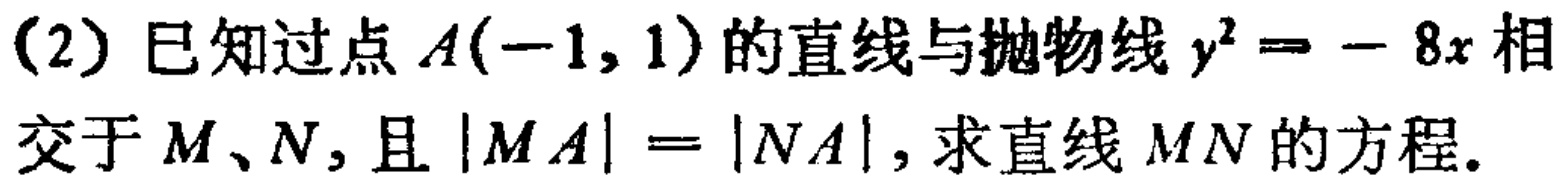
(2) 已知过点 \(A(-1,1)\) 的直线与抛物线 \(y^{2}=-8x\) 相交于 \(M、N\)，且 \(|MA| = |NA|\)，求直线 \(MN\) 的方程。